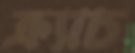
ক্র্যাচ